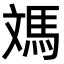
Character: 𩢌